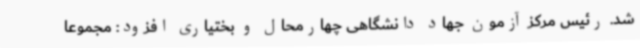
شد. رئیس مرکز آزمون جهاد دانشگاهی چهارمحال و بختیاری افزود: مجموعا